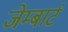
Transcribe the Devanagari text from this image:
जेम्बार्ट